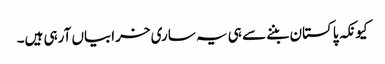
کیونکہ پاکستان بننے سے ہی یہ ساری خرابیاں آرہی ہیں۔